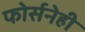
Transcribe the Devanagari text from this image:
फोर्सनेही